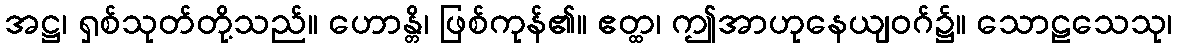
အဋ္ဌ၊ ရှစ်သုတ်တို့သည်။ ဟောန္တိ၊ ဖြစ်ကုန်၏။ ဧတ္ထ၊ ဤအာဟုနေယျဝဂ်၌။ သောဠသေသု၊